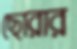
ছোরার